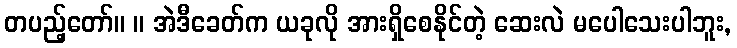
တပည့်တော်။ ။ အဲဒီခေတ်က ယခုလို အားရှိစေနိုင်တဲ့ ဆေးလဲ မပေါသေးပါဘူး,